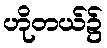
ဟိုတယ်၌